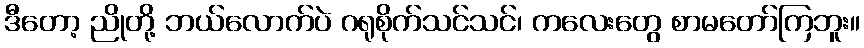
ဒီတော့ ညိုတို့ ဘယ်လောက်ပဲ ဂရုစိုက်သင်သင်၊ ကလေးတွေ စာမတော်ကြဘူး။